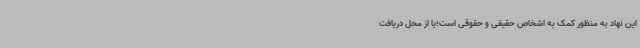
این نهاد به منظور کمک به اشخاص حقیقی و حقوقی است؛یا از محل دریافت